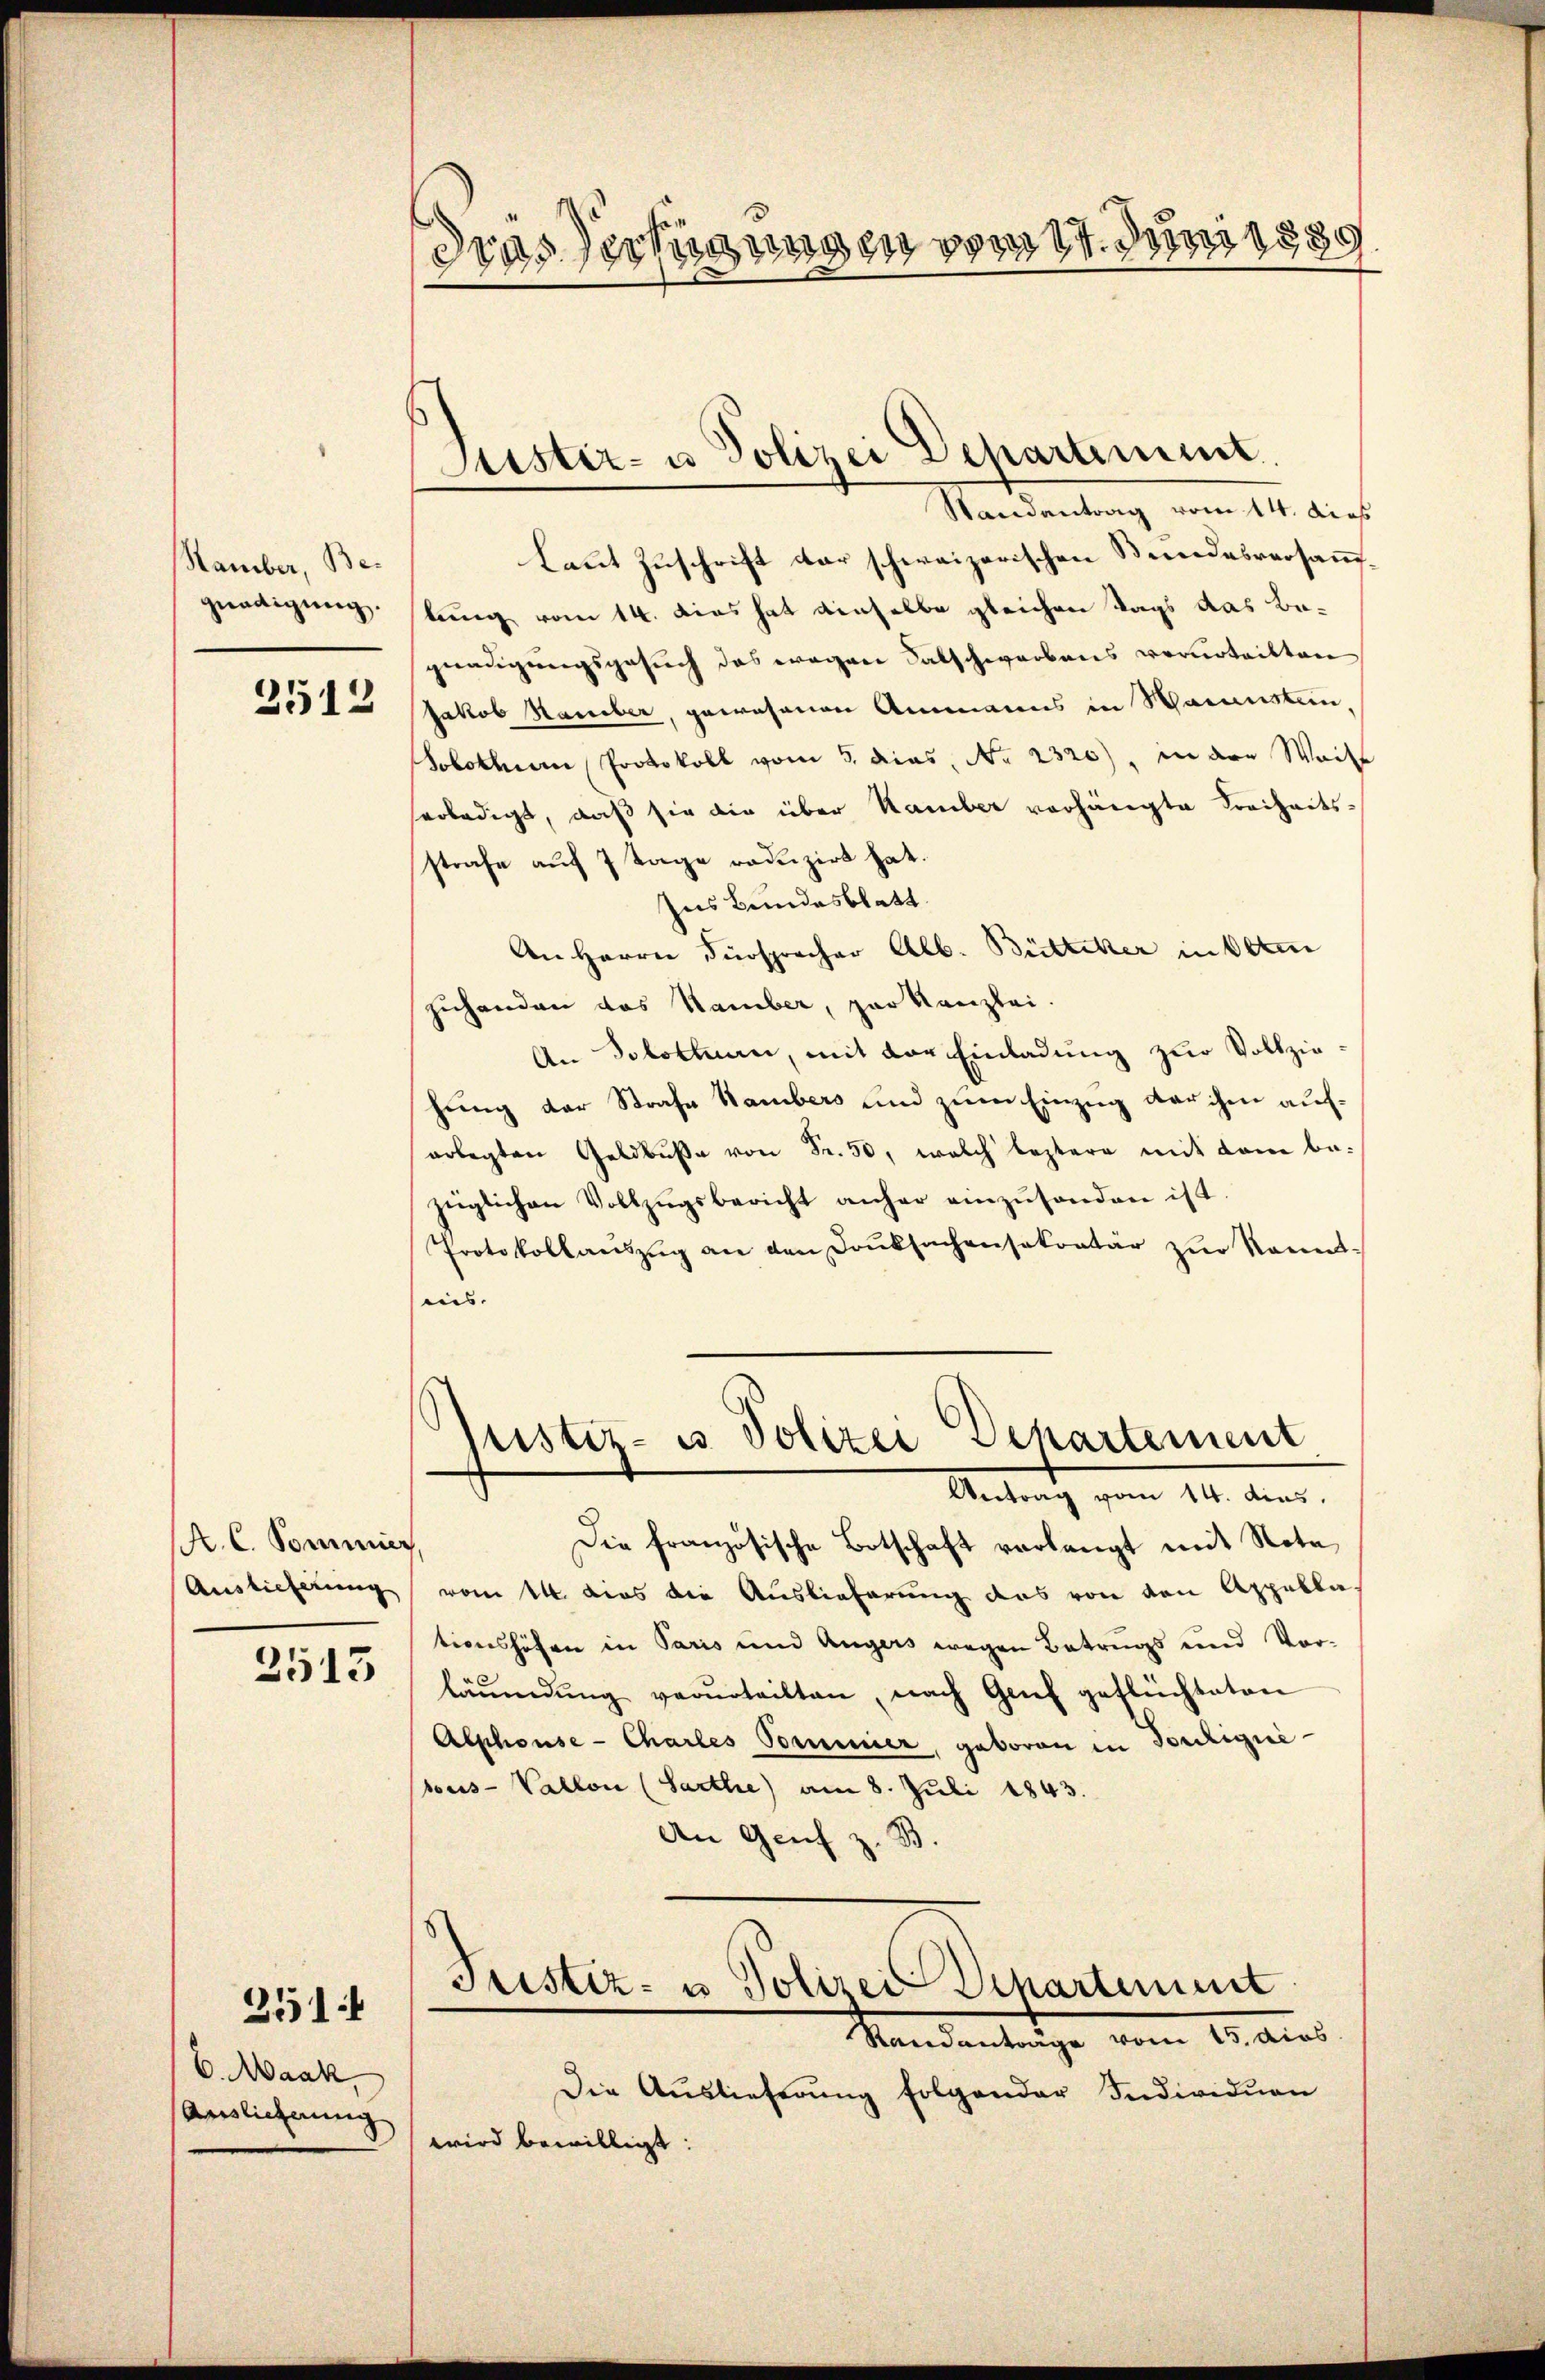
Stamber, Begnadigung.

2512

A. C. Sommen,

2513

6. Maak
Auslicherung

351

Laut Zuschrift der schweizerischen Stundesversammlung vom 14. dies hat denselbe gleichen Tags das Begnaugungsgesuch das wegen Falschworbens verurteilten
Jakob Hamber, gewesenen Ammanns in Samsten,
Solothur, Protokoll vom 5. dies, No 2320), in der Weite
erledigt, daß sie die über Kamber vorhängte Freiheitsstrafe auf 7 Tage reduzirt hat.
Ins Bundesblatt.
An Herrn Fürspracher Alb. Büttiker in Otten
zuhanden das Hamber, par Kanzlei.
An Solothurn, mit der Einladung zur Vollziehung der Strafe Hambers und zum Einzug der ihm auferlegten Geldbŭβe von Fr. 50, welch leztere mit dem bezüglichen Vollzŭgsbericht anher einzŭsenden ist.
Protokollanszŭg an den Danksachensekretär zŭr Kennt-
sis.

dras Verfügungen vom 17. Juni 1839

Justiz- u. Polizei Departement.
Randantrag vom 14. dies

Justiz- u Polizei Departement
Antrath vom 14. dens.

Die französische Botschaft verlangt mit Nota
Auslieferung vom 14. dies die Auslieferung das von den Appella
tionshofen in Paris und Augers wegen Betrags und Vor-
läŭmdŭng verurteilten, nach Genf geflüchteten
Alphonse- Charles Vormier, geboren in dortigui-
sous-Vallon (Sarthe) am 8. Juli 1843.
An Genf z. B.

Tristiz- u Polizei Departement
Mandantenige vom 1. Aus

Die Aŭslieferŭng folgender Individuen
wird bewilligt: